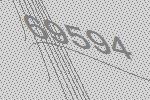
69594